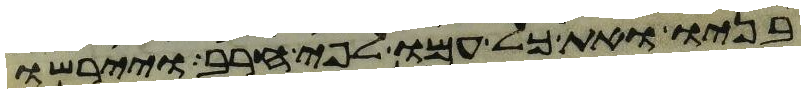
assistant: בניו ואת כל עמו לפי חרב ויירשו